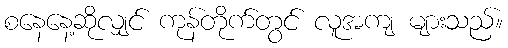
စနေနေ့ဆိုလျှင် ကုန်တိုက်တွင် လူအကျ များသည်။